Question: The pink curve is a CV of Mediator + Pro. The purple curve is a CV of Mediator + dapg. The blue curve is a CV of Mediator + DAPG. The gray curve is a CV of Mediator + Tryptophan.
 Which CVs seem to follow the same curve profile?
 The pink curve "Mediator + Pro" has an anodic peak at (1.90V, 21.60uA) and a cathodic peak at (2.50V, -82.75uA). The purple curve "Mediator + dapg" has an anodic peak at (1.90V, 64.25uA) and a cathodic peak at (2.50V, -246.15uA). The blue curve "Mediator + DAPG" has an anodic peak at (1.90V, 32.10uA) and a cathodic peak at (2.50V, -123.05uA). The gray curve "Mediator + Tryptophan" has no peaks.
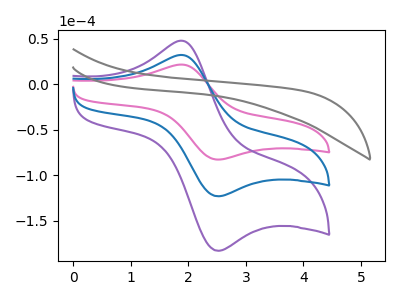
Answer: <think>All the peaks in "Mediator + Pro" have a peak in "Mediator + dapg" at the same potential. Every peak in "Mediator + Pro" is lower than every peak in "Mediator + dapg". All the peaks in "Mediator + Pro" have a peak in "Mediator + DAPG" at the same potential. Every peak in "Mediator + Pro" is lower than every peak in "Mediator + DAPG". "Mediator + Pro" and "Mediator + Tryptophan" have a different number of peaks. All the peaks in "Mediator + dapg" have a peak in "Mediator + DAPG" at the same potential. Every peak in "Mediator + dapg" is higher than every peak in "Mediator + DAPG". "Mediator + dapg" and "Mediator + Tryptophan" have a different number of peaks. "Mediator + DAPG" and "Mediator + Tryptophan" have a different number of peaks.
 </think>
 <answer>"Mediator + Pro", "Mediator + dapg" and "Mediator + DAPG" have the same shape and are likely CV's of the same chemical.</answer>
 <eval>"Mediator + Pro" "Mediator + dapg" "Mediator + DAPG"</eval>